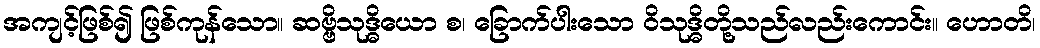
အကျင့်ဖြစ်၍ ဖြစ်ကုန်သော။ ဆဗ္ဗိသုဒ္ဓိယော စ၊ ခြောက်ပါးသော ဝိသုဒ္ဓိတို့သည်လည်းကောင်း။ ဟောတိ၊